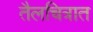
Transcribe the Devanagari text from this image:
तैलचित्रात